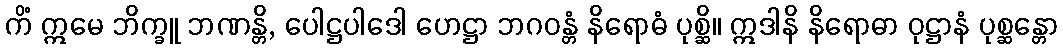
ကိံ ဣမေ ဘိက္ခူ ဘဏန္တိ, ပေါဋ္ဌပါဒေါ ဟေဋ္ဌာ ဘဂဝန္တံ နိရောဓံ ပုစ္ဆိ။ ဣဒါနိ နိရောဓာ ဝုဋ္ဌာနံ ပုစ္ဆန္တော